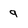
Character: g